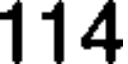
114